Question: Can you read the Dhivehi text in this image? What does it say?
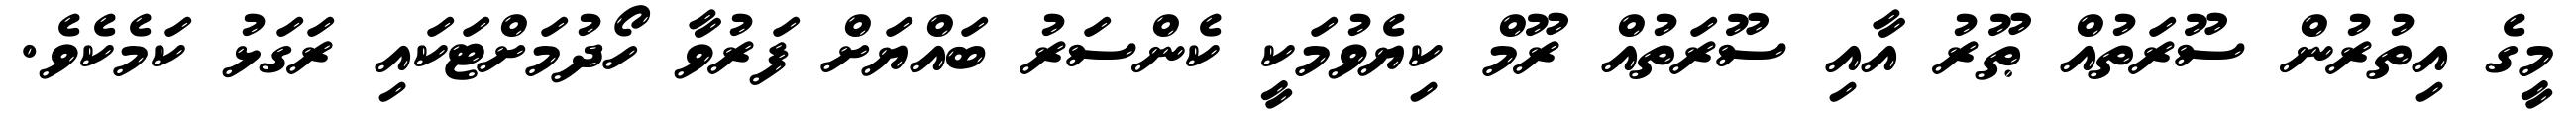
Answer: މީގެ އިތުރުން ސޫރަތުއް ޠޫރު އާއި ސޫރަތުއް ރޫމް ކިޔެވުމަކީ ކެންސަރު ބައްޔަށް ފަރުވާ ހޯދުމަށްޓަކައި ރަގަޅު ކަމެކެވެ.